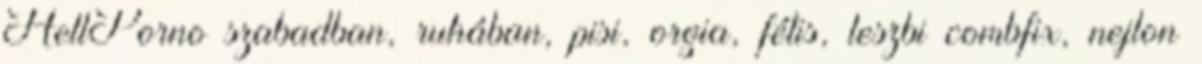
HellPorno szabadban, ruhában, pisi, orgia, fétis, leszbi combfix, nejlon